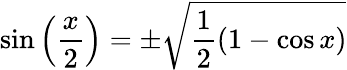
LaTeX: \sin\left({\frac{x}{2}}\right)=\pm{\sqrt{{\frac{1}{2}}(1-\cos x)}}